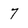
Character: 7